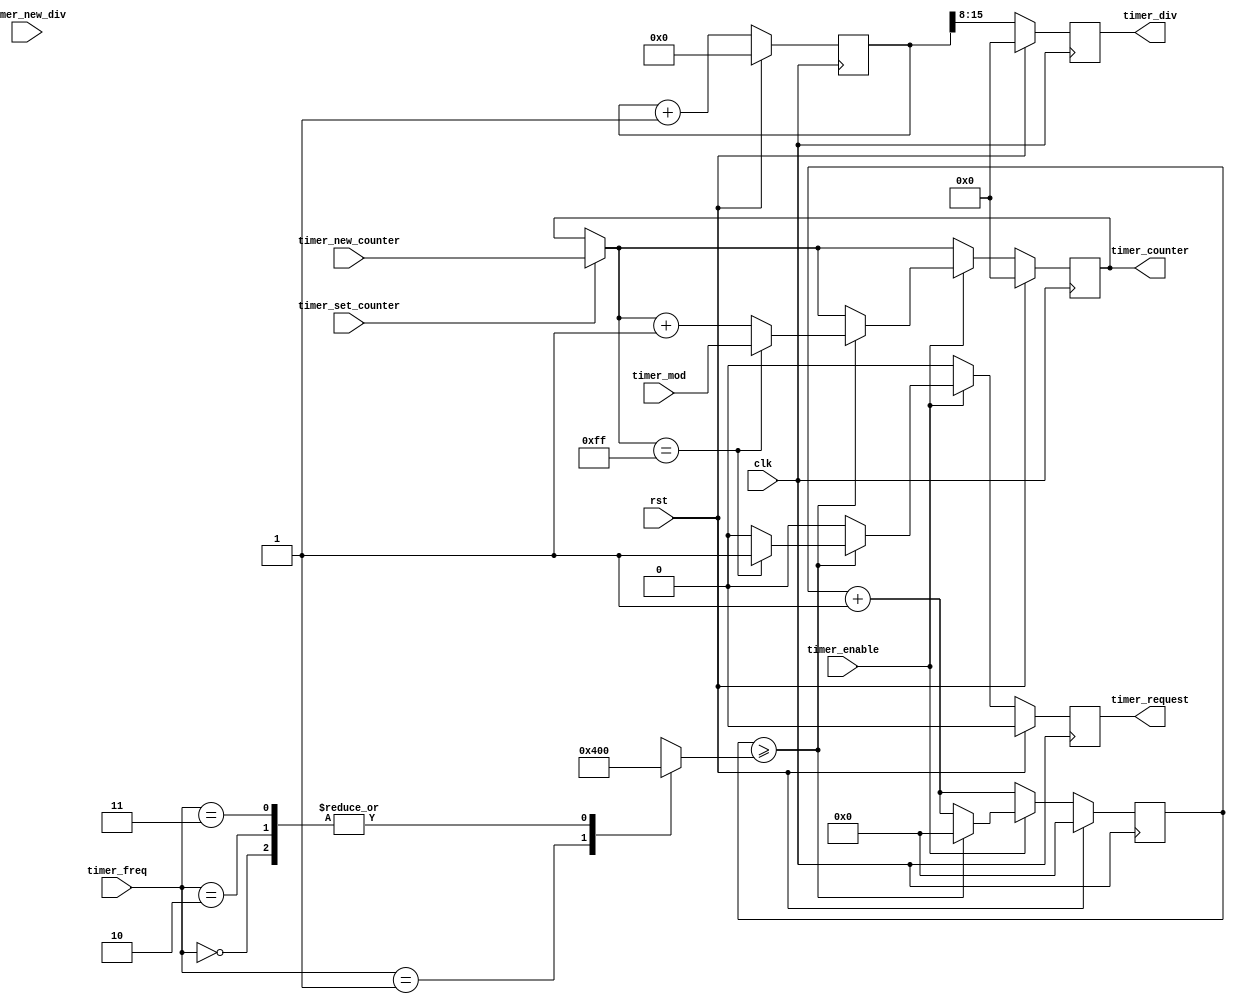
// This file is part of the GBC-ML project.
// Licensing information is available in the LICENSE file.
// (C) 2020 Nandor Licker. All rights reserved.

module TIMER
  ( input clk
  , input rst
  , input             timer_enable
  , input      [1:0]  timer_freq
  , output reg [7:0]  timer_div
  , input      [7:0]  timer_new_div
  , output reg [7:0]  timer_counter
  , input             timer_set_counter
  , input      [7:0]  timer_new_counter
  , input      [7:0]  timer_mod
  , output reg        timer_request
  );

  reg [15:0] timer_div_main;
  reg [10:0] timer_main;

  reg [5:0] threshold;

  always @*
    case (timer_freq)
      2'b00: threshold = 1024;
      2'b01: threshold = 16;
      2'b10: threshold = 64;
      2'b11: threshold = 256;
    endcase

  always @(posedge clk) begin
    if (timer_set_counter) begin
      timer_counter = timer_new_counter;
    end

    if (rst) begin
      timer_div_main <= 0;
      timer_div <= 0;

      timer_main <= 0;

      timer_request <= 0;
      timer_counter <= 0;
    end else begin
      timer_div_main <= timer_div_main + 1;
      timer_div <= timer_div_main[15:8];

      timer_main <= timer_main + 1;

      timer_request <= 0;
      if (timer_enable) begin
        if (timer_main >= threshold) begin
          timer_main <= 0;
          timer_counter <= timer_counter + 1;
          if (timer_counter == 8'hff) begin
            timer_counter <= timer_mod;
            timer_request <= 1;
          end
        end
      end
    end
  end
endmodule